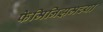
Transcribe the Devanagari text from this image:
फेमिनिझमच्या